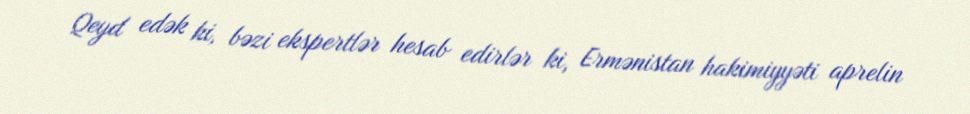
Qeyd edək ki, bəzi ekspertlər hesab edirlər ki, Ermənistan hakimiyyəti aprelin